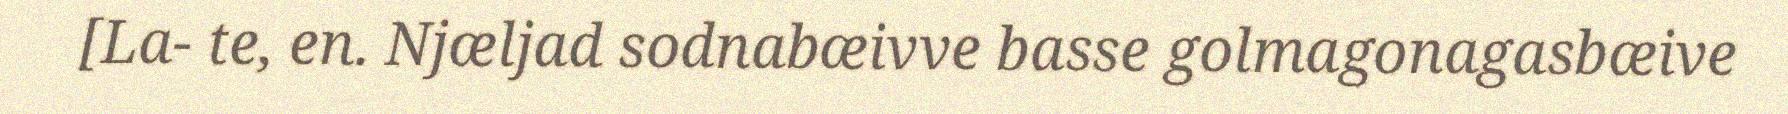
[La- te, en. Njæljad sodnabæivve basse golmagonagasbæive